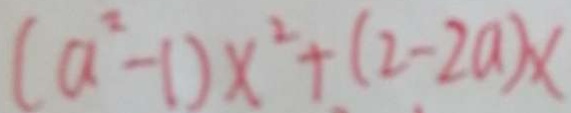
( a ^ { 2 } - 1 ) x ^ { 2 } + ( 2 - 2 a ) x